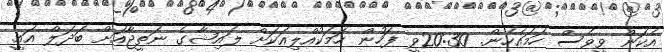
އެކަން ވީވެސް ހަމައެހެން. 20:30ވީ ފަހުން ހަމަކުއްލިއަކަށް ލައިޝާގެ ނަތީޖާއަށް ބަދަލް އައީ.